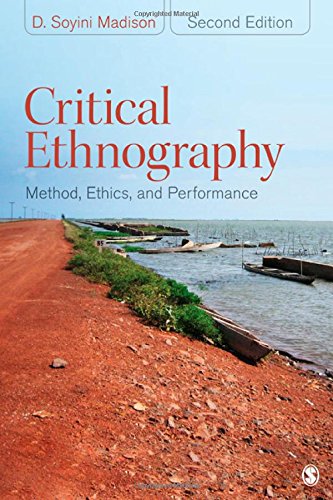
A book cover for Critical Ethnography: Method, Ethics, and Performance; D. Soyini Madison; Politics & Social Sciences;